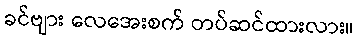
ခင်ဗျား လေအေးစက် တပ်ဆင်ထားလား။